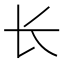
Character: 长